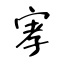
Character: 宯